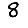
Digit: 8